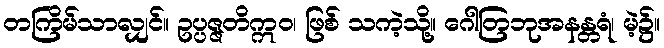
တကြိမ်သာလျှင်။ ဥပ္ပဇ္ဇတိဣဝ၊ ဖြစ် သကဲ့သို့။ ဂေါတြဘုအနန္တရံ၊ မဲ့၌။